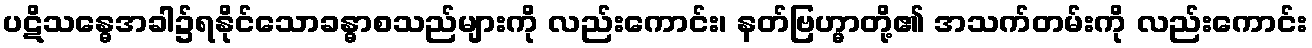
ပဋိသန္ဓေအခါ၌ရနိုင်သောခန္ဓာစသည်များကို လည်းကောင်း၊ နတ်ဗြဟ္မာတို့၏ အသက်တမ်းကို လည်းကောင်း